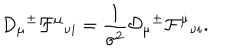
D _ { \mu } { } ^ { \pm } { \cal F } ^ { \mu } { } _ { \nu i } = \frac { 1 } { \sigma ^ { 2 } } { \cal D } _ { \mu } { } ^ { \pm } { \cal F } ^ { \dot { \mu } } { } _ { \nu i } .